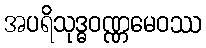
အပရိသုဒ္ဓဝဏ္ဏမေဝဿ